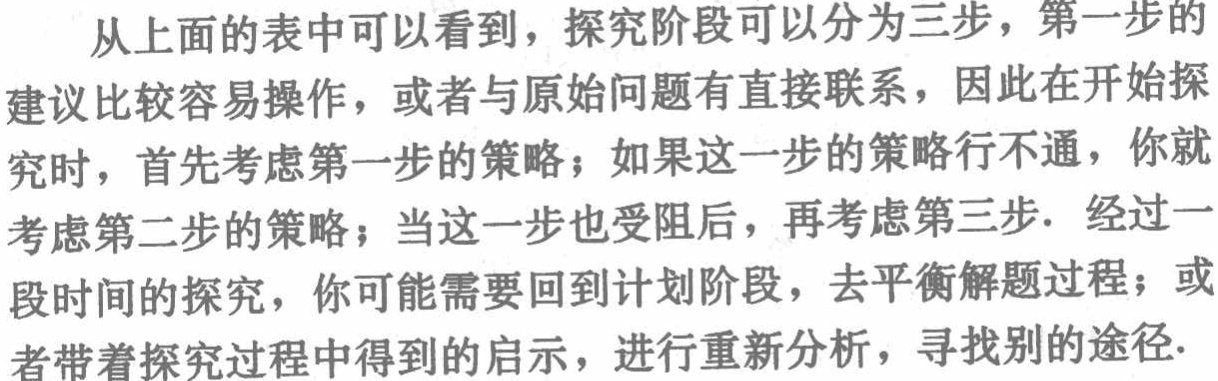
从上面的表中可以看到，探究阶段可以分为三步，第一步的建议比较容易操作，或者与原始问题有直接联系，因此在开始探究时，首先考虑第一步的策略；如果这一步的策略行不通，你就考虑第二步的策略；当这一步也受阻后，再考虑第三步. 经过一段时间的探究，你可能需要回到计划阶段，去平衡解题过程；或者带着探究过程中得到的启示，进行重新分析，寻找别的途径.